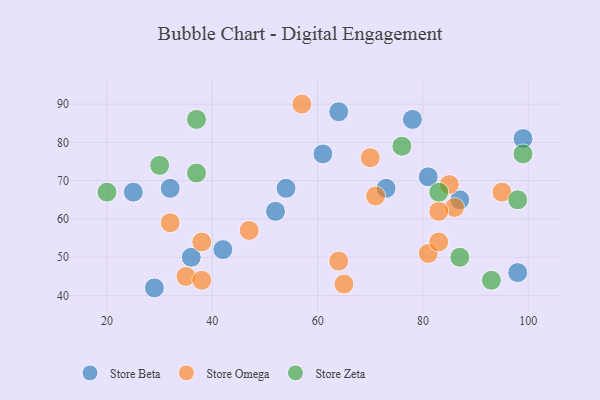
{"axis": {"x": "GDP", "y": "Life Expectancy"}, "legend": ["Store Beta", "Store Omega", "Store Zeta"], "data": [{"x": "73", "y": 68, "type": "Store Beta"}, {"x": "42", "y": 52, "type": "Store Beta"}, {"x": "61", "y": 77, "type": "Store Beta"}, {"x": "81", "y": 71, "type": "Store Beta"}, {"x": "99", "y": 81, "type": "Store Beta"}, {"x": "87", "y": 65, "type": "Store Beta"}, {"x": "52", "y": 62, "type": "Store Beta"}, {"x": "78", "y": 86, "type": "Store Beta"}, {"x": "36", "y": 50, "type": "Store Beta"}, {"x": "25", "y": 67, "type": "Store Beta"}, {"x": "29", "y": 42, "type": "Store Beta"}, {"x": "32", "y": 68, "type": "Store Beta"}, {"x": "54", "y": 68, "type": "Store Beta"}, {"x": "98", "y": 46, "type": "Store Beta"}, {"x": "64", "y": 88, "type": "Store Beta"}, {"x": "38", "y": 54, "type": "Store Omega"}, {"x": "70", "y": 76, "type": "Store Omega"}, {"x": "32", "y": 59, "type": "Store Omega"}, {"x": "71", "y": 66, "type": "Store Omega"}, {"x": "85", "y": 69, "type": "Store Omega"}, {"x": "95", "y": 67, "type": "Store Omega"}, {"x": "81", "y": 51, "type": "Store Omega"}, {"x": "65", "y": 43, "type": "Store Omega"}, {"x": "86", "y": 63, "type": "Store Omega"}, {"x": "47", "y": 57, "type": "Store Omega"}, {"x": "35", "y": 45, "type": "Store Omega"}, {"x": "64", "y": 49, "type": "Store Omega"}, {"x": "57", "y": 90, "type": "Store Omega"}, {"x": "38", "y": 44, "type": "Store Omega"}, {"x": "83", "y": 54, "type": "Store Omega"}, {"x": "83", "y": 62, "type": "Store Omega"}, {"x": "37", "y": 72, "type": "Store Zeta"}, {"x": "93", "y": 44, "type": "Store Zeta"}, {"x": "87", "y": 50, "type": "Store Zeta"}, {"x": "37", "y": 86, "type": "Store Zeta"}, {"x": "20", "y": 67, "type": "Store Zeta"}, {"x": "83", "y": 67, "type": "Store Zeta"}, {"x": "99", "y": 77, "type": "Store Zeta"}, {"x": "76", "y": 79, "type": "Store Zeta"}, {"x": "30", "y": 74, "type": "Store Zeta"}, {"x": "98", "y": 65, "type": "Store Zeta"}]}